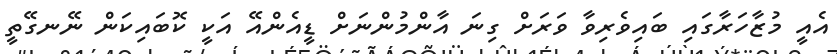
އެއީ މުޒާހަރާގައި ބައިވެރިވާ ވަރަށް ގިނަ އާންމުންނަށް ޑީއެންއޭ އަކީ ކޮބައިކަން ނޭނގޭތީ